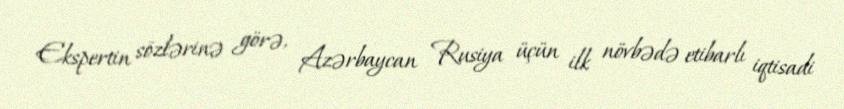
Ekspertin sözlərinə görə, Azərbaycan Rusiya üçün ilk növbədə etibarlı iqtisadi